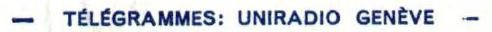
- TÉLÉGRAMMES: UNIRADIO GENÈVE -